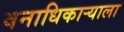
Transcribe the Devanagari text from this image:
वनाधिकार्‍याला